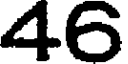
46